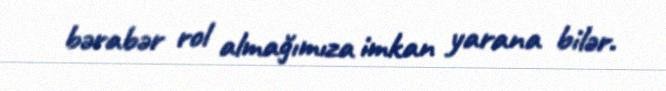
bərabər rol almağımıza imkan yarana bilər.